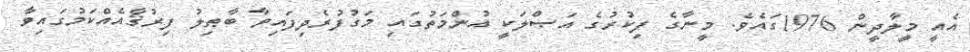
އެއީ މީލާދީން 1976ގައެވެ. މީނާގެ ފިކުރުގެ އަޞްލަކީ އުންމަތުގައި މަގުފުރެދިފައިވާ ބާޠިލު ފިރުޤާއެއްކަމުގައިވާ